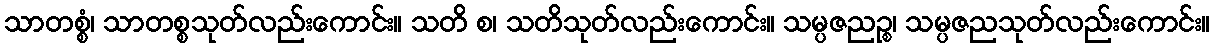
သာတစ္စံ၊ သာတစ္စသုတ်လည်းကောင်း။ သတိ စ၊ သတိသုတ်လည်းကောင်း။ သမ္ပဇညဉ္စ၊ သမ္ပဇညသုတ်လည်းကောင်း။